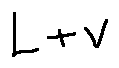
L + v